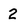
Character: 2